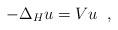
LaTeX: \begin{align*}- \Delta_{H} u =V u \;\;,\end{align*}